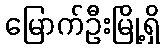
မြောက်ဦးမြို့ရှိ